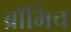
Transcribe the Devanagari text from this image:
ब्रॉमिच